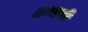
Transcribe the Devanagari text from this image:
शब्दावी